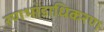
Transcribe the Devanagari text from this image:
रणभांडाधिकरण